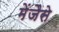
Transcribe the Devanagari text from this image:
मेंजैसे